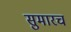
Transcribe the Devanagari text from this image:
सुमारच